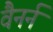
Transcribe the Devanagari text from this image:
वैनर्न